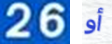
26 أو